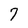
Character: 7